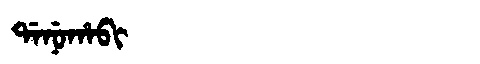
Manchu: ᡩᠠᠨᡠᡥᠠᠪᡳ
Romanization: DANUHABI